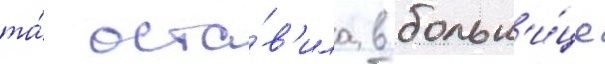
та́ оста́в'ила в больн'и́це